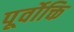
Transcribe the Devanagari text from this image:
पूर्वोक्ति